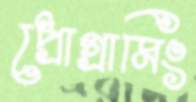
প্রোগ্রামিং